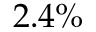
2 . 4 \%